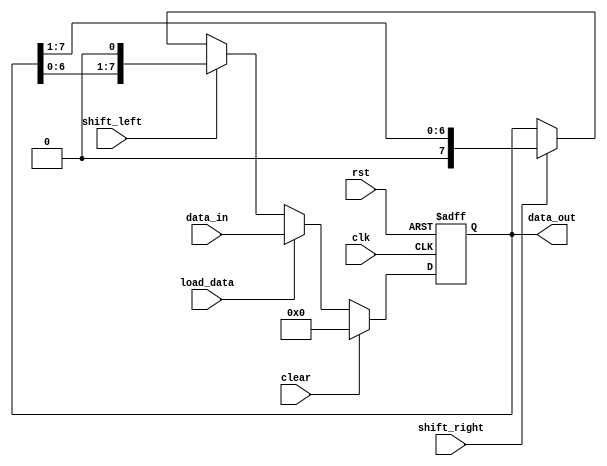
module Universal_Shift_Register(
    input wire clk,
    input wire rst,
    input wire shift_left,
    input wire shift_right,
    input wire load_data,
    input wire clear,
    input wire [7:0] data_in,
    output wire [7:0] data_out
);

reg [7:0] shift_register;

always @(posedge clk or posedge rst) begin
    if (rst)
        shift_register <= 8'h00;
    else if (clear)
        shift_register <= 8'h00;
    else if (load_data)
        shift_register <= data_in;
    else if (shift_left)
        shift_register <= {shift_register[6:0], 1'b0};
    else if (shift_right)
        shift_register <= {1'b0, shift_register[7:1]};
end

assign data_out = shift_register;

endmodule